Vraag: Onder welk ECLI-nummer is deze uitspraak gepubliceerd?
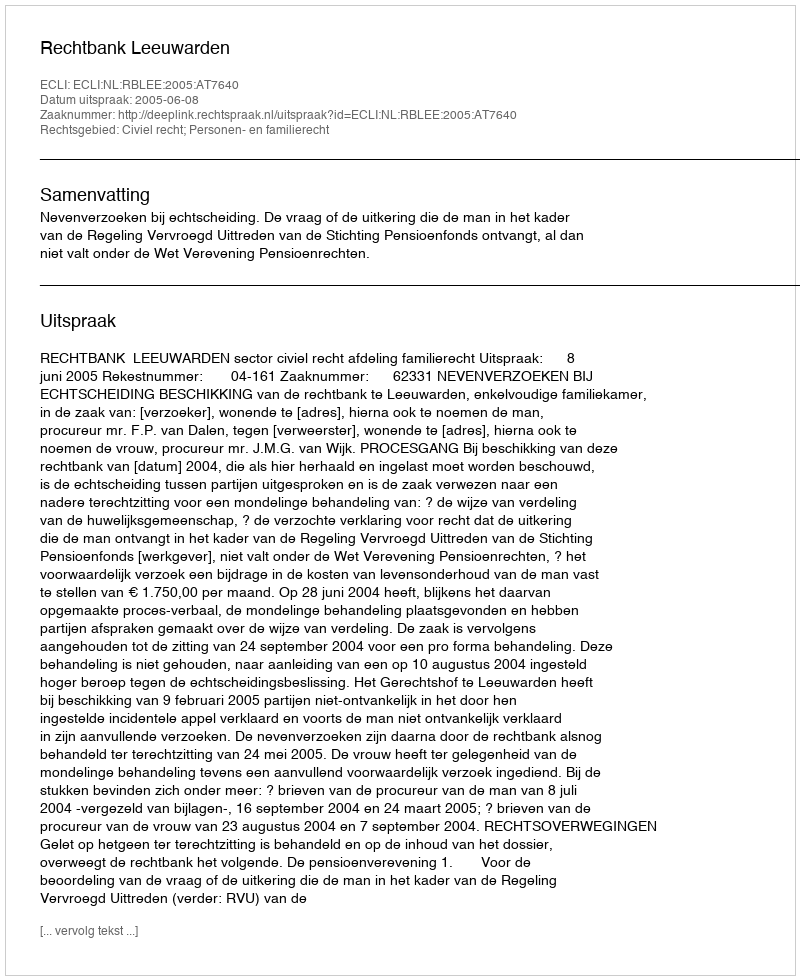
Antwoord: ECLI:NL:RBLEE:2005:AT7640